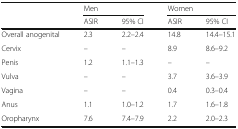
|  | <COLSPAN=2> Men | <COLSPAN=2> Women |
 |  | ASIR | 95% CI | ASIR | 95% CI |
 | --- | --- | --- | --- | --- |
 | Overall anogenital | 2.3 | 2.2–2.4 | 14.8 | 14.4–15.1 |
 | Cervix | – | – | 8.9 | 8.6–9.2 |
 | Penis | 1.2 | 1.1–1.3 | – | – |
 | Vulva | – | – | 3.7 | 3.6–3.9 |
 | Vagina | – | – | 0.4 | 0.3–0.4 |
 | Anus | 1.1 | 1.0–1.2 | 1.7 | 1.6–1.8 |
 | Oropharynx | 7.6 | 7.4–7.9 | 2.2 | 2.0–2.3 |